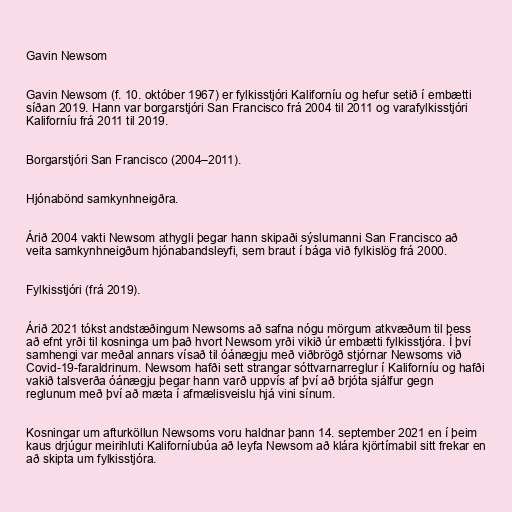
Gavin Newsom

Gavin Newsom (f. 10. október 1967) er fylkisstjóri Kaliforníu og hefur setið í embætti
síðan 2019. Hann var borgarstjóri San Francisco frá 2004 til 2011 og varafylkisstjóri
Kaliforníu frá 2011 til 2019.

Borgarstjóri San Francisco (2004–2011).

Hjónabönd samkynhneigðra.

Árið 2004 vakti Newsom athygli þegar hann skipaði sýslumanni San Francisco að
veita samkynhneigðum hjónabandsleyfi, sem braut í bága við fylkislög frá 2000.

Fylkisstjóri (frá 2019).

Árið 2021 tókst andstæðingum Newsoms að safna nógu mörgum atkvæðum til þess
að efnt yrði til kosninga um það hvort Newsom yrði vikið úr embætti fylkisstjóra. Í því
samhengi var meðal annars vísað til óánægju með viðbrögð stjórnar Newsoms við
Covid-19-faraldrinum. Newsom hafði sett strangar sóttvarnarreglur í Kaliforníu og hafði
vakið talsverða óánægju þegar hann varð uppvís af því að brjóta sjálfur gegn
reglunum með því að mæta í afmælisveislu hjá vini sínum.

Kosningar um afturköllun Newsoms voru haldnar þann 14. september 2021 en í þeim
kaus drjúgur meirihluti Kaliforníubúa að leyfa Newsom að klára kjörtímabil sitt frekar en
að skipta um fylkisstjóra.